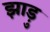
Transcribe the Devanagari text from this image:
झाड़ु